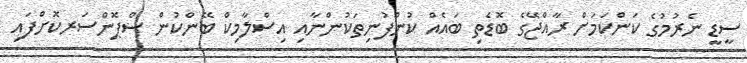
ސީޑީ ނެރުމުގެ ކަންކަމަށް ރާއްޖޭގެ ބޮޑެތި ބައެއް ކުންފުނިތަކުންނާއި އިސްލާމިކް ބޭންކުން ސްޕޮންސަރކޮށްފައި